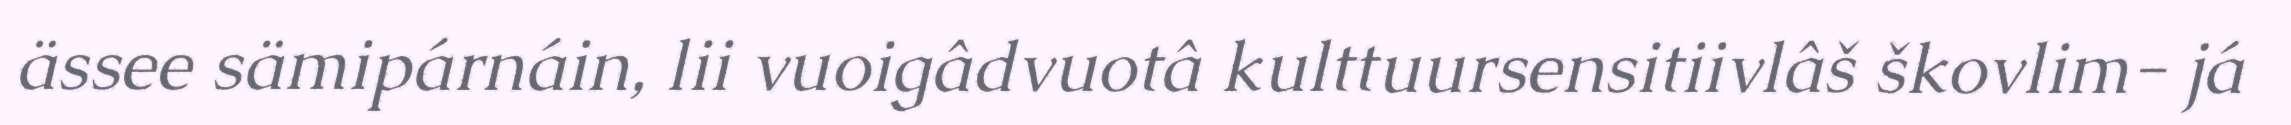
ässee sämipárnáin, lii vuoigâdvuotâ kulttuursensitiivlâš škovlim- já